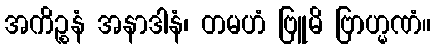
အကိဉ္စနံ အနာဒါနံ၊ တမဟံ ဗြူမိ ဗြာဟ္မဏံ။